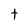
Character: t